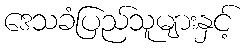
ဒေသခံပြည်သူများနှင့်